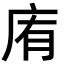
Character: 𢈓